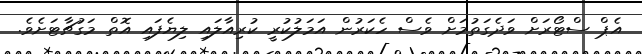
އެޕް ސްޓޯރަށް ވަދެގަތުމަށް ވެސް ހެކަރުން އަމަލުކުރީ ކުރިއާލައި ލިޔެފައި އޮތް މަގުޗާޓަށެވެ.